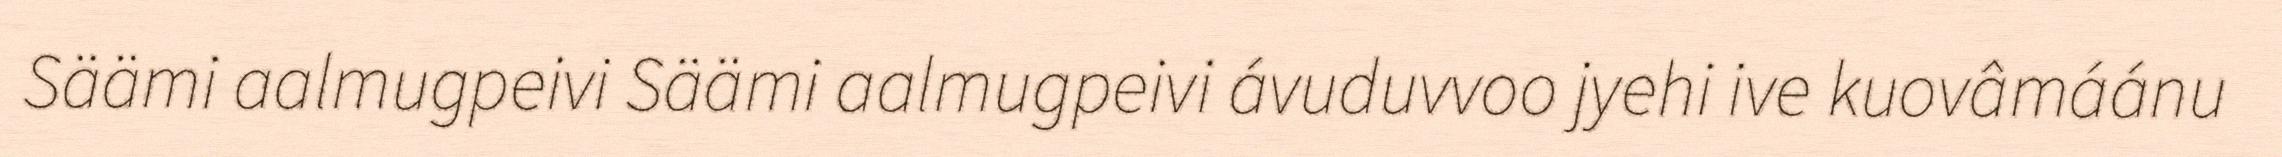
Säämi aalmugpeivi Säämi aalmugpeivi ávuduvvoo jyehi ive kuovâmáánu